Report of the Bombay Veterinary College
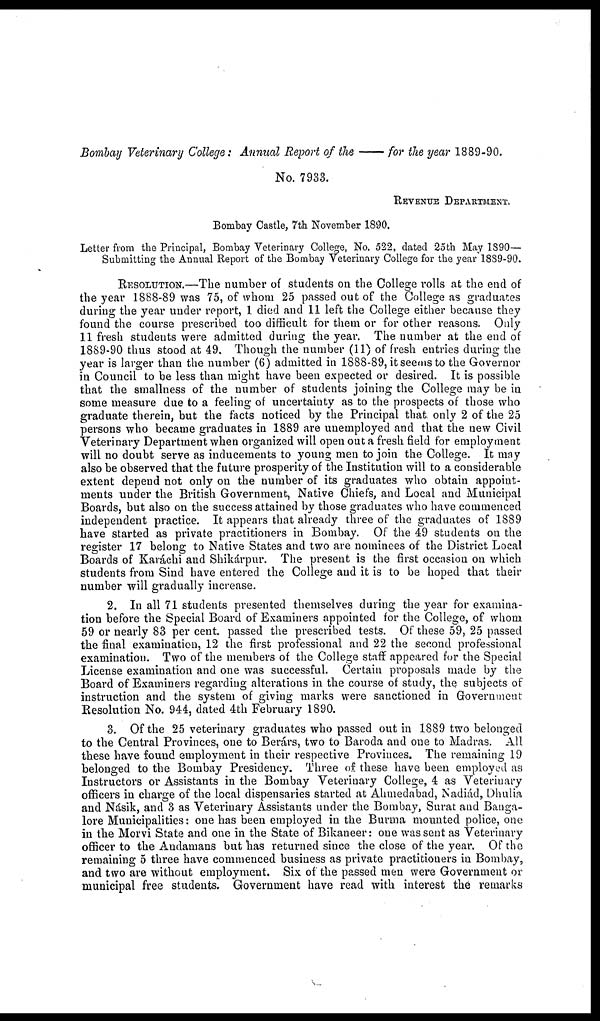
Bombay Veterinary College : Annual Report of the—for
the year 1889-90.
No. 7933.
REVENUE DEPARTMENT.
Bombay Castle, 7th November 1890.
Letter from the Principal, Bombay Veterinary College, No. 522, dated 25th May 1890—
Submitting the Annual Report of the Bombay Veterinary College for the year 1889-90.
RESOLUTION.—The number of students on the College rolls at the end of
the year 1888-89 was 75, of whom 25 passed out of the College as graduates
during the year under report, 1 died and 11 left the College either because they
found the course prescribed too difficult for them or for other reasons. Only
11 fresh students were admitted during the year. The number at the end of
1889-90 thus stood at 49. Though the number (11) of fresh entries during the
year is larger than the number (6) admitted in 1888-89, it seems to the Governor
in Council to be less than might have been expected or desired. It is possible
that the smallness of the number of students joining the College may be in
some measure due to a feeling of uncertainty as to the prospects of those who
graduate therein, but the facts noticed by the Principal that only 2 of the 25
persons who became graduates in 1889 are unemployed and that the new Civil
Veterinary Department when organized will open out a fresh field for employment
will no doubt serve as inducements to young men to join the College. It may
also be observed that the future prosperity of the Institution will to a considerable
extent depend not only on the number of its graduates who obtain appoint-
ments under the British Government, Native Chiefs, and Local and Municipal
Boards, but also on the success attained by those graduates who have commenced
independent practice. It appears that already three of the graduates of 1889
have started as private practitioners in Bombay. Of the 49 students on the
register 17 belong to Native States and two are nominees of the District Local
Boards of Karáchi and Shikárpur. The present is the first occasion on which
students from Sind have entered the College and it is to be hoped that their
number will gradually increase.
2. In all 71 students presented themselves during the year for examina-
tion before the Special Board of Examiners appointed for the College, of whom
59 or nearly 83 per cent. passed the prescribed tests. Of these 59, 25 passed
the final examination, 12 the first professional and 22 the second professional
examination. Two of the members of the College staff appeared for the Special
License examination and one was successful. Certain proposals made by the
Board of Examiners regarding alterations in the course of study, the subjects of
instruction and the system of giving marks were sanctioned in Government
Resolution No. 944, dated 4th February 1890.
3. Of the 25 veterinary graduates who passed out in 1889 two belonged
to the Central Provinces, one to Berárs, two to Baroda and one to Madras. All
these have found employment in their respective Provinces. The remaining 19
belonged to the Bombay Presidency. Three of these have been employed as
Instructors or Assistants in the Bombay Veterinary College, 4 as Veterinary
officers in charge of the local dispensaries started at Ahmedabad, Nadiád, Dhulia
and Násik, and 3 as Veterinary Assistants under the Bombay, Surat and Banga-
lore Municipalities: one has been employed in the Burma mounted police, one
in the Morvi State and one in the State of Bikaneer: one was sent as Veterinary
officer to the Andamans but has returned since the close of the year. Of the
remaining 5 three have commenced business as private practitioners in Bombay,
and two are without employment. Six of the passed men were Government or
municipal free students. Government have read with interest the remarks